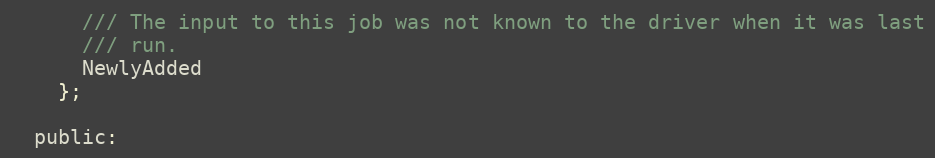
Language: C
      /// The input to this job was not known to the driver when it was last
      /// run.
      NewlyAdded
    };

  public: